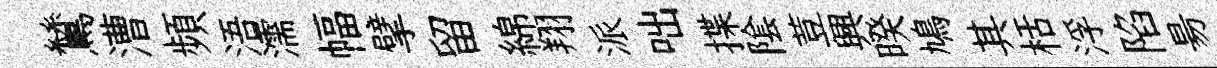
鷥漕頻浯濡幅擘留綿翔派咄揲隂荳興暌鳩其栝浮陷昜